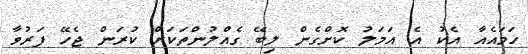
ހަމައެއާ އެކު އެ އަމަލު ކޮށްގެން ލިބޭ ގެއްލުންތަކަށް ކުރަން ޖެހޭ ފަރުވާ